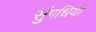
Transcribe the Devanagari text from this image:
सुंगधियों